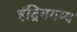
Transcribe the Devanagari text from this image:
इंद्रियगम्य